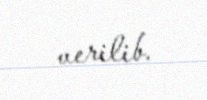
verilib.